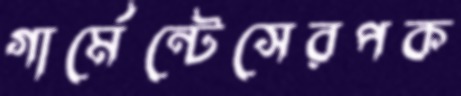
গার্মেন্টেসেরপক